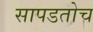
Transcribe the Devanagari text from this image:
सापडतोच